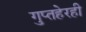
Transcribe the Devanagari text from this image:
गुप्तहेरही